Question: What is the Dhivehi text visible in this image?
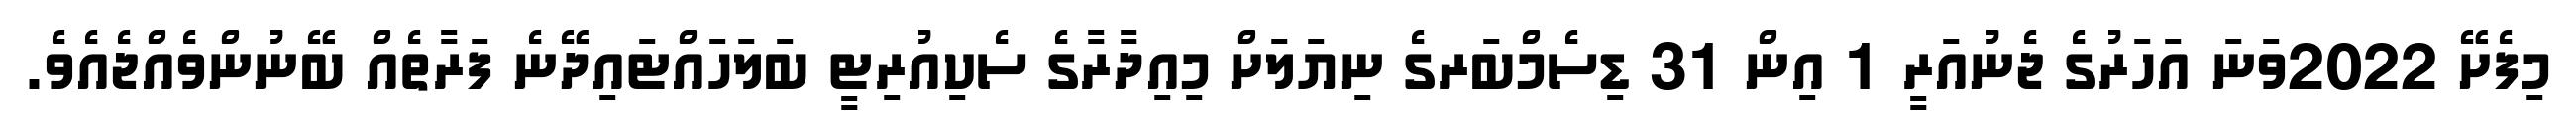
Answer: މިފެށޭ 2022ވަނަ އަހަރުގެ ޖެނުއަރީ 1 އިން 31 ޑިސެމްބަރގެ ނިޔަލަށް މިއިދާރާގެ ސެކިއުރިޓީ ބަލަހައްޓައިދޭނެ ފަރާތެއް ބޭނުންވެއްޖެއެވެ.